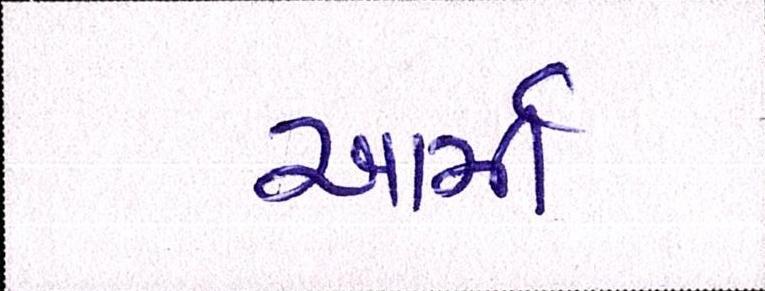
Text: આર્મી